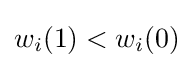
w_{i}(1)<w_{i}(0)